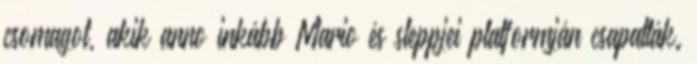
csomagot, akik anno inkább Mario és sleppjei platformján csapatták.